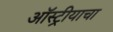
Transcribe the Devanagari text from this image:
ऑस्ट्रीयाचा